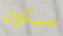
سيكون